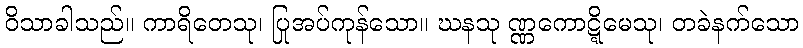
ဝိသာခါသည်။ ကာရိတေသု၊ ပြုအပ်ကုန်သော။ ဃနသု ဏ္ဏကောဋ္ဋိမေသု၊ တခဲနက်သော